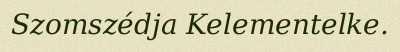
Szomszédja Kelementelke.